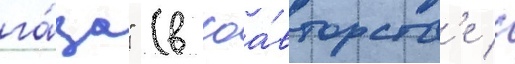
га́за" (в соа́вторств'е с